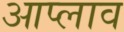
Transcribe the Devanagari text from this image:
आप्लाव